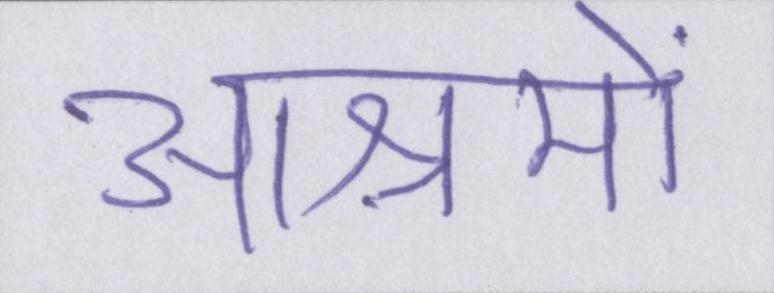
आश्रमों